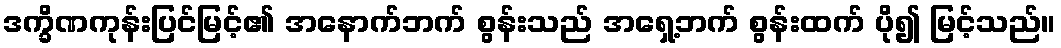
ဒက္ခိဏကုန်းပြင်မြင့်၏ အနောက်ဘက် စွန်းသည် အရှေ့ဘက် စွန်းထက် ပို၍ မြင့်သည်။